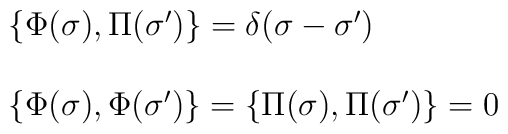
\begin{array}{ll}\{\Phi(\sigma),\Pi(\sigma^\prime)\} =  \delta(\sigma-\sigma^\prime)\\\\\{\Phi(\sigma),\Phi(\sigma')\} = \{\Pi(\sigma),\Pi(\sigma')\} = 0\end{array}